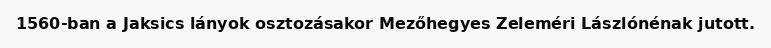
1560-ban a Jaksics lányok osztozásakor Mezőhegyes Zeleméri Lászlónénak jutott.